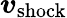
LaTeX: \boldsymbol{v}_{\mathrm{shock}}